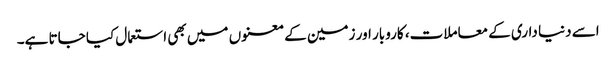
اسے دنیا داری کے معاملات، کاروبار اور زمین کے معنوں میں بھی استعمال کیا جاتا ہے۔